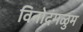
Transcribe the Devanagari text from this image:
विनोदंगळुम